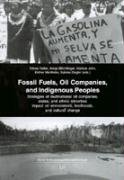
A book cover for Fossil Fuels, Oil Companies, and Indigenous Peoples: Strategies of multinational oil companies, states, and ethnic minorities. Impact on environment, ... (Action Anthropology/Aktionsethnologie); Business & Money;